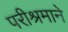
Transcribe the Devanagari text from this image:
परीश्रमाने